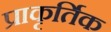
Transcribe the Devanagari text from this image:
प्राकृर्तिक